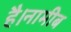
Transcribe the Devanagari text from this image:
है।नामीब